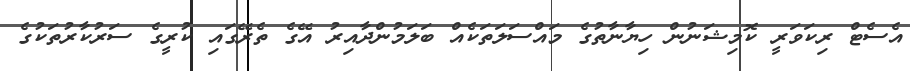
އެސެޓް ރިކަވަރީ ކޮމިޝަނުން ހިޔާނާތުގެ މައްސަލަތަކެއް ބަލަމުންދާއިރު އޭގެ ތެރޭގައި ކުރީގެ ސަރުކާރުތަކުގެ